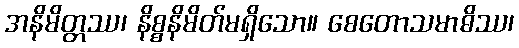
အနိမိတ္တဿ၊ နိစ္စနိမိတ်မရှိသော။ စေတောသမာဓိဿ၊